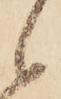
候